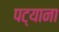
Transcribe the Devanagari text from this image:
पट्याना